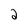
Character: 2